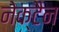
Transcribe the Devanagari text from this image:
नेक्टैन